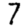
Digit: 7